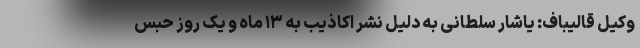
وکیل قالیباف: یاشار سلطانی به دلیل نشر اکاذیب به ۱۳ ماه و یک روز حبس